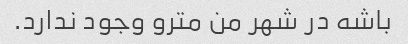
باشه در شهر من مترو وجود ندارد.